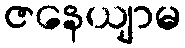
ဇနေယျာမ